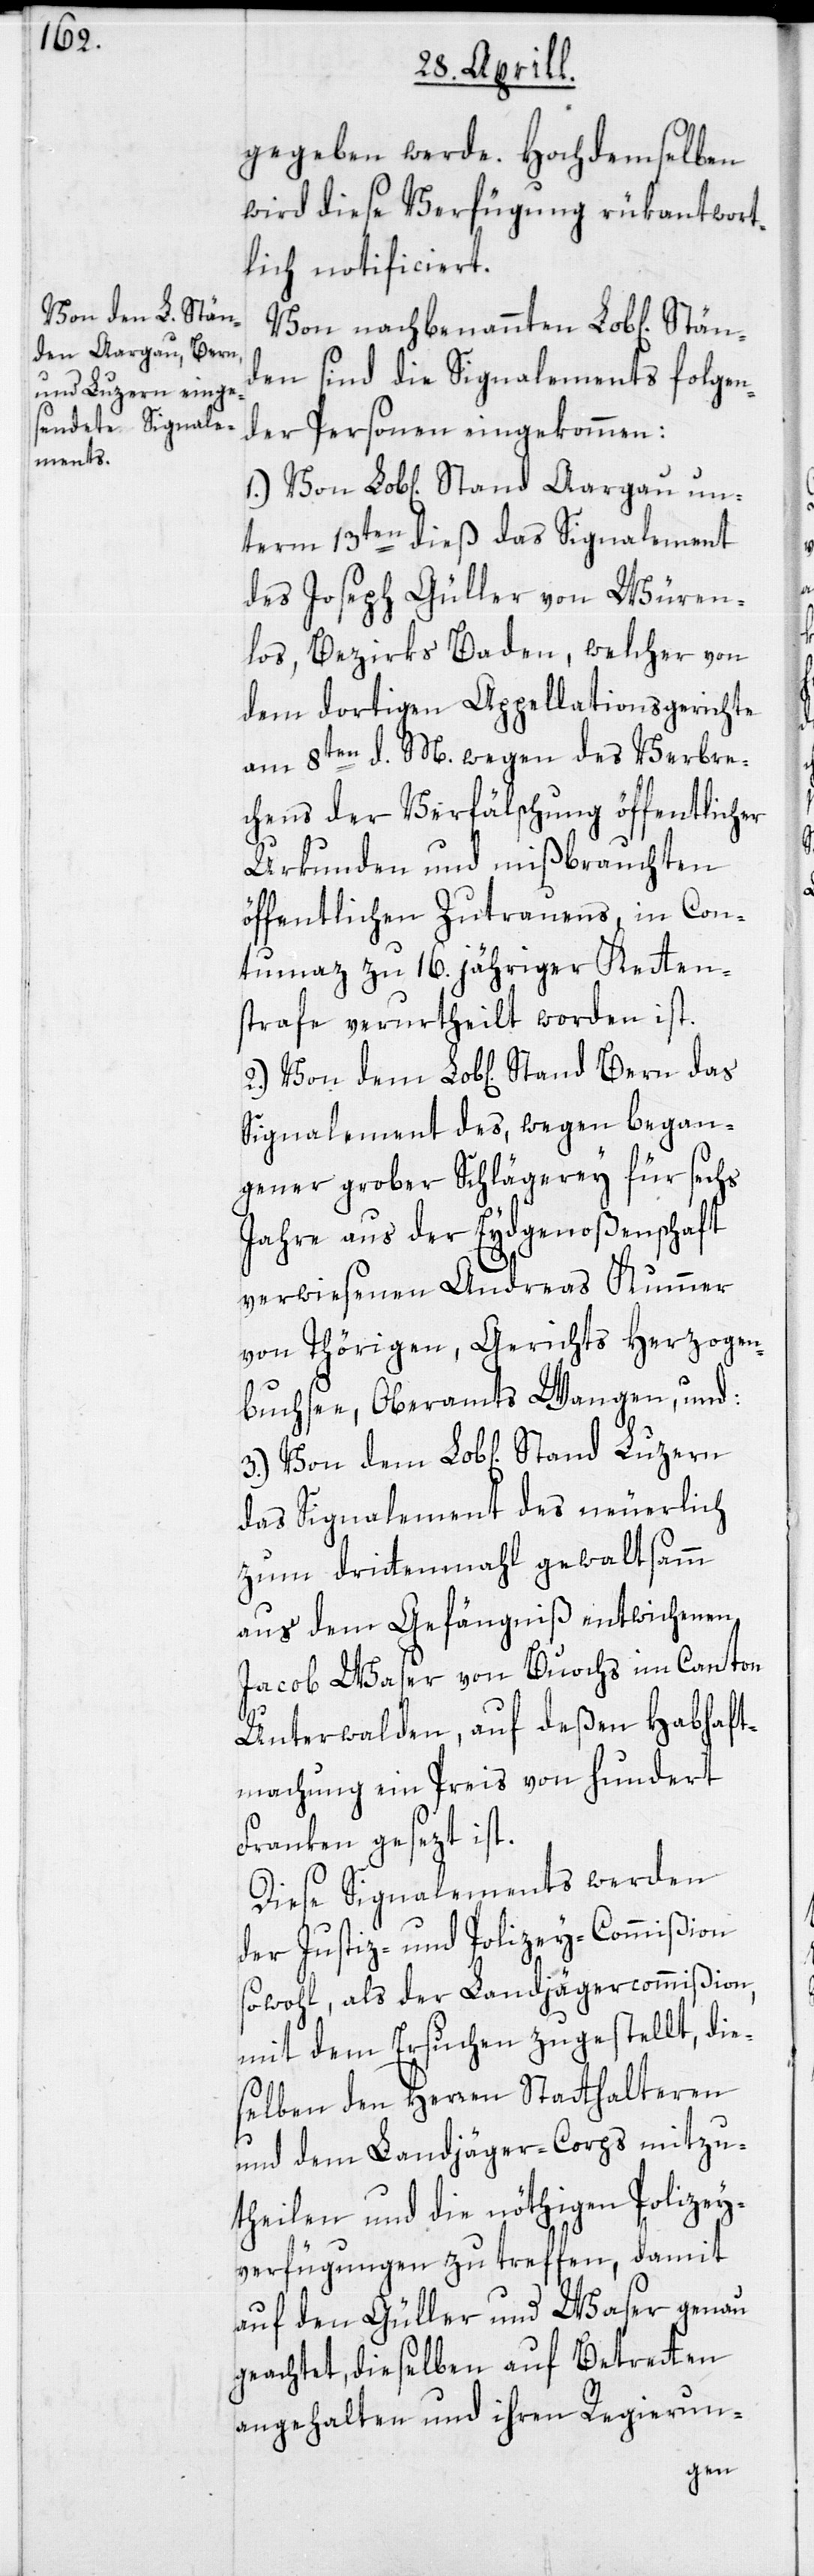
gegeben werde. Hochdemselben
wird diese Verfügung rükantwort¬
lich notificiert.
Von nachbenannten Lob[lichen]
sind die Signalements folgen¬
der Personen eingekommen:
1.) Von Lob[lichen] Stand Aargau un¬
term 13ten dieß das Signalement
des Joseph Güller von Würen¬
los, Bezirks Baden, welcher von
dem dortigen Appellationsgerichte
am 8ten d. M. wegen des Verbre¬
chens der Verfälschung öffentlicher
Urkunden und mißbrauchten
öffentlichen Zutrauens, in Con¬
tumaz zu 16. jähriger Ketten¬
strafe verurtheilt worden ist.
Signalement des, wegen began¬
gener grober Schlägerey für sechs
Jahre aus der Eydgenoßenschaft
verwiesenen Andreas Kummer
von Thörigen, Gerichts Herzogen¬
buchsee, Oberamts Wangen, und:
das Signalement des neuerlich
zum drittenmahl gewaltsamm
aus dem Gefängniß entwichenen
Jacob Waser von Buochs im Canton
Unterwalden, auf deßen Habhaft¬
machung ein Preis von hundert
Franken gesezt ist.
Diese Signalements werden
der Justiz- und Polizey-Commißion
sowohl, als der Landjägercommißion,
mit dem Ersuchen zugestellt, die¬
selben den Herren Statthalteren
und dem Landjäger-Corps mitzu¬
theilen und die nöthigen Polizey¬
verfügungen zu treffen, damit
auf den Güller und Waser genau
geachtet, dieselben auf Betretten
angehalten und ihren Regierun-